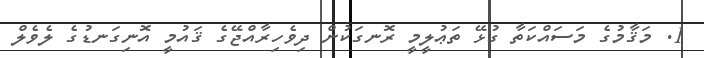
1. މަޤާމުގެ މަސައްކަތާ ގުޅޭ ތަޢުލީމީ ރޮނގަކުން ދިވެހިރާއްޖޭގެ ޤައުމީ އޮނިގަނޑުގެ ލެވެލް